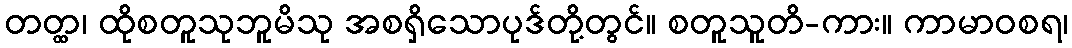
တတ္ထ၊ ထိုစတူသုဘူမိသု အစရှိသောပုဒ်တို့တွင်။ စတူသူတိ-ကား။ ကာမာဝစရ၊